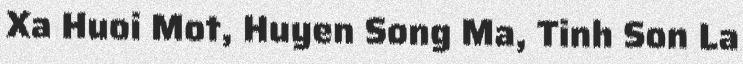
Xa Huoi Mot, Huyen Song Ma, Tinh Son La